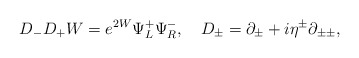
\begin{align*}D_-D_+W = e^{2W}\Psi^+_L\Psi^-_R,~~~D_{\pm} = \partial_{\pm} + i\eta^{\pm}\partial_{\pm\pm},\end{align*}